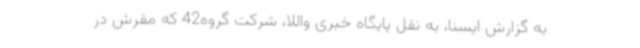
به گزارش ایسنا، به نقل پایگاه خبری واللا، شرکت گروه42 که مقرش در